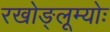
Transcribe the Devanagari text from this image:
रखोङ्लूम्योः